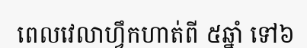
ពេលវេលាហ្វឹកហាត់ពី ៥ឆ្នាំ ទៅ៦